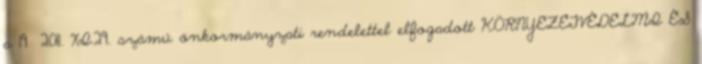
a 19 2011. XI.29. számú önkormányzati rendelettel elfogadott KÖRNYEZETVÉDELMI ÉS